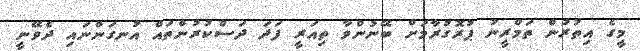
މީގެ އިތުރުން ތަމްރީނު ޕުރޮގުރާމަށް ބޭނުންވާ ތިއަރީ ފަދަ ދަސްކުރުންތައް އުނގަންނައި ދެވޭނީ